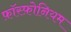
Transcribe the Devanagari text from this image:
फ़ॉस्फ़ोनियम